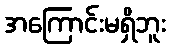
အကြောင်းမရှိဘူး